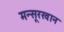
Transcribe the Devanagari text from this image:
मन्सूरखान